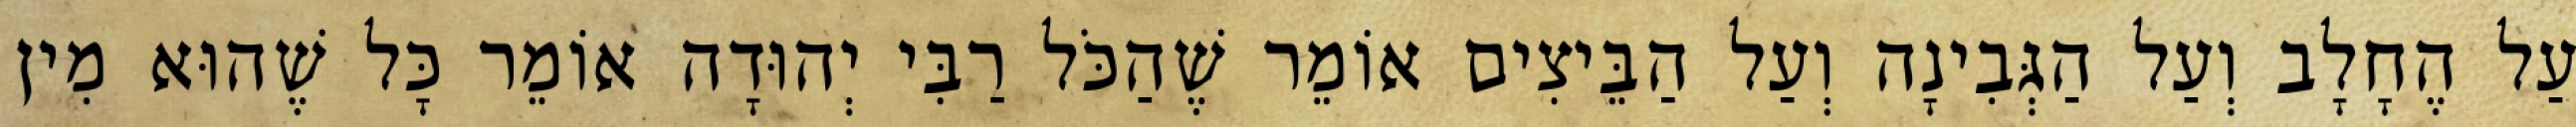
עַל הֶחָלָב וְעַל הַגְּבִינָה וְעַל הַבֵּיצִים אוֹמֵר שֶׁהַכֹּל רַבִּי יְהוּדָה אוֹמֵר כָּל שֶׁהוּא מִין